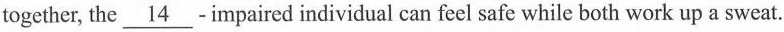
together, the \underline{14} - impaired individual can feel safe while both work up a sweat.